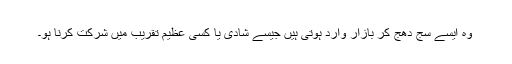
وہ ایسے سج دھج کر بازار وارد ہوتی ہیں جیسے شادی یا کسی عظیم تقریب میں شرکت کرنا ہو۔